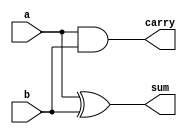
// Half Adder
// synthesizable
// Oliver Huang and Jared Yoder

module HA (output carry, output sum, input a, input b);

    // instantiating sum and carry primitives
    assign carry = a & b;
    assign sum = a ^ b;
endmodule

// primitive outSum(output sum, input A, input B);

//     // Truth Table for sum
//     table
//       // A B   sum
//          0 0 :  0  ;
//          0 1 :  1  ;
//          1 0 :  1  ;
//          1 1 :  0  ;
//     endtable
// endprimitive

// primitive outCarry(output carry, input A, input B);

//     // Truth Table for carry out
//     table
//       // A B  carry
//          0 0 :  0  ;
//          0 1 :  0  ;
//          1 0 :  0  ;
//          1 1 :  1  ;
//     endtable
// endprimitive

// module HA (output carry, output sum, input A, input B);

//     // instantiating sum and carry primitives
//     outSum s(sum, A, B);
//     outCarry c(carry, A, B);
// endmodule